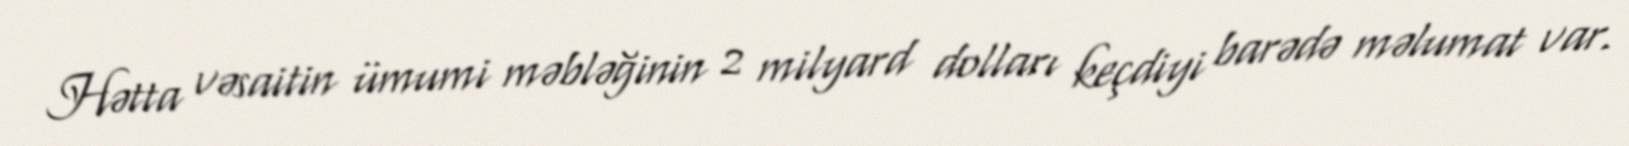
Hətta vəsaitin ümumi məbləğinin 2 milyard dolları keçdiyi barədə məlumat var.